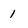
Character: 1